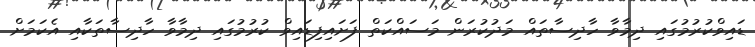
ޑައިވްކުރުމުގައި ދިމާވާ ހާދިސާތައް މަދުކުރަން މަސައްކަތް ފަށައިފިޑައިވް ކުރުމުގައި ދިމާވާ ހާދިސާތަކާއި އެކަމަށް